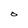
Character: 0